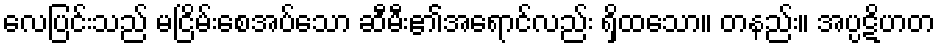
လေပြင်းသည် မငြိမ်းစေအပ်သော ဆီမီး၏အရောင်လည်း ရှိထသော။ တနည်း။ အပ္ပဋိဟတ